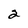
Character: 2